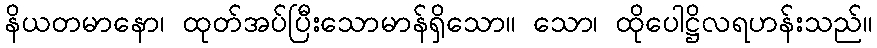
နိယတမာနော၊ ထုတ်အပ်ပြီးသောမာန်ရှိသော။ သော၊ ထိုပေါဋ္ဌိလရဟန်းသည်။